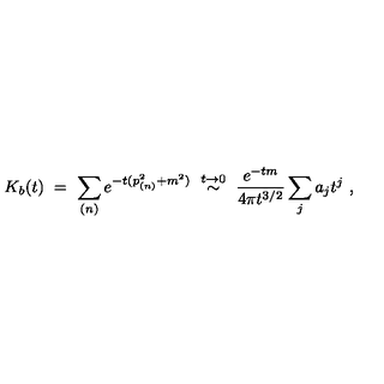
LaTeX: K _ { b } ( t ) \ = \ \sum _ { ( n ) } e ^ { - t ( p _ { ( n ) } ^ { 2 } + m ^ { 2 } ) } \ \stackrel { t \rightarrow 0 } { \sim } \ \frac { e ^ { - t m } } { 4 \pi t ^ { 3 / 2 } } \sum _ { j } a _ { j } t ^ { j } \ ,